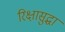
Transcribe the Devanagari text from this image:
रिक्षासुद्धा